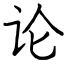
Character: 论